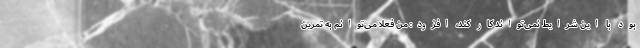
بود با این شرایط نمی‌تواند کار کند، افزود: من فعلا می‌توانم به تمرین